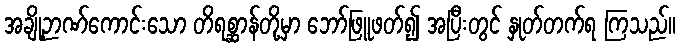
အချို့ဉာဏ်ကောင်းသော တိရစ္ဆာန်တို့မှာ ဘော်ဖြူဖတ်၍ အပြီးတွင် နှုတ်တက်ရ ကြသည်။